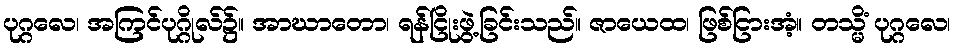
ပုဂ္ဂလေ၊ အကြင်ပုဂ္ဂိုလ်၌။ အာဃာတော၊ ရန်ငြိုးဖွဲ့ခြင်းသည်။ ဇာယေထ၊ ဖြစ်ငြားအံ့။ တသ္မိံ ပုဂ္ဂလေ၊